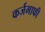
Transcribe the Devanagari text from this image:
कर्जमाफी